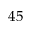
4 5